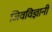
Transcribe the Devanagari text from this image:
जिवविज्ञानी